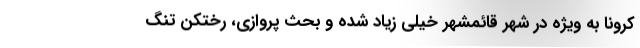
کرونا به ویژه در شهر قائمشهر خیلی زیاد شده و بحث پروازی، رختکن تنگ